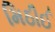
મિઠીઈ